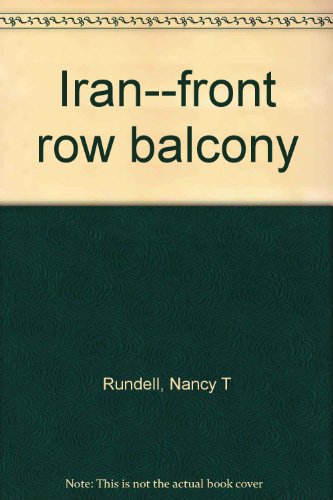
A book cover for Iran--front row balcony; Nancy T Rundell; Travel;